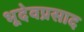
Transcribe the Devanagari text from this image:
भूदेवप्रसाद